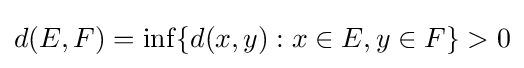
d(E,F)=\inf\{d(x,y):x\in E,y\in F\}>0